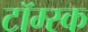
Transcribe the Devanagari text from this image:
टॉम्स्क